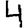
Digit: 4